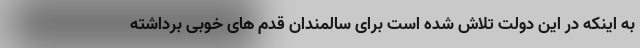
به اینکه در این دولت تلاش شده است برای سالمندان قدم های خوبی برداشته